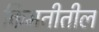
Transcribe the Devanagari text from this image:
किमतीतील